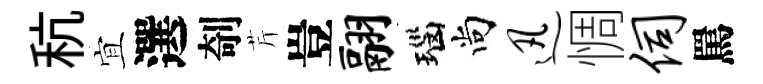
秔宜選剞芹豈翮瑙尚迅惆伺罵